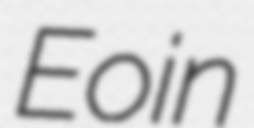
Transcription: Eoin